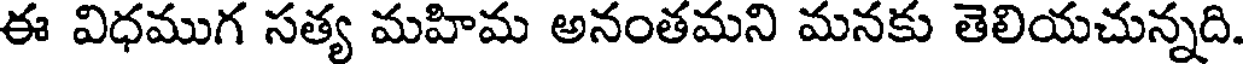
ఈ విధముగ సత్య మహిమ అనంతమని మనకు తెలియచున్నది.